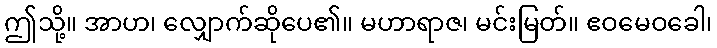
ဤသို့။ အာဟ၊ လျှောက်ဆိုပေ၏။ မဟာရာဇ၊ မင်းမြတ်။ ဧဝမေဝခေါ၊